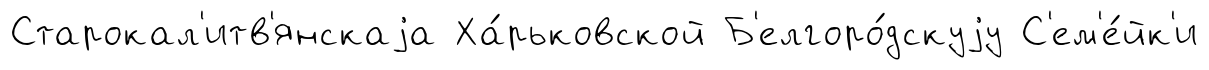
Старокал'итв'янскаjа Ха́рьковской Б'елгоро́дскуjу С'ем'е́йк'и